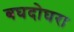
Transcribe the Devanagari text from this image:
बघदोघरा